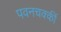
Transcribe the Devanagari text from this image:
पवनचक्कीं